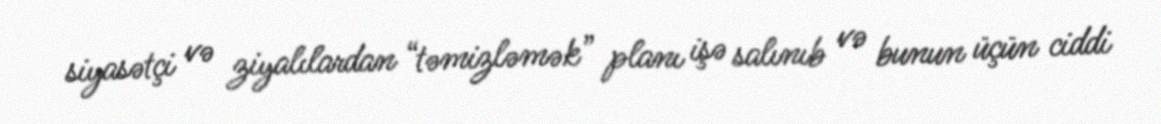
siyasətçi və ziyalılardan “təmizləmək” planı işə salınıb və bunun üçün ciddi